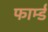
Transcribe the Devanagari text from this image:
फार्म्ड